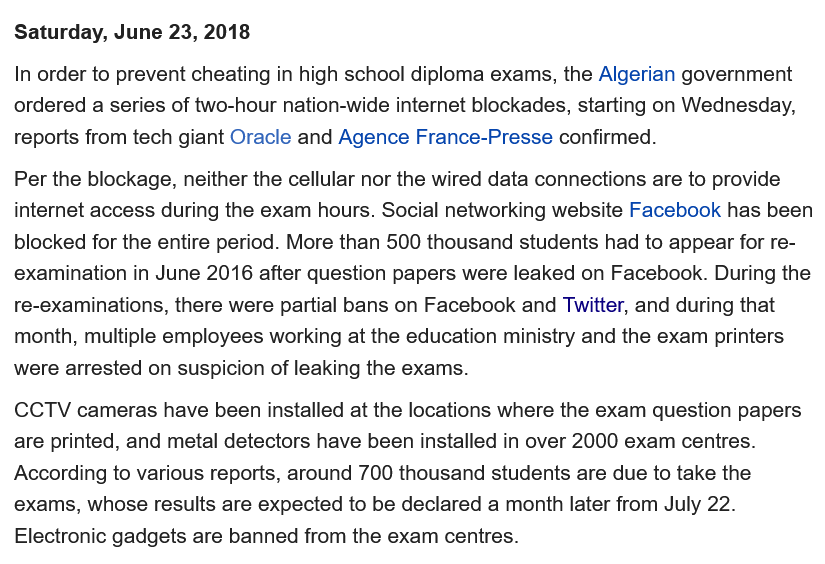
Saturday, June 23, 2018
  Per the blockage, neither the cellular nor the wired data connections are to provide
  internet access during the exam hours. Social networking website Facebook has been
  blocked for the entire period. More than 500 thousand students had to appear for re-
  examination in June 2016 after question papers were leaked on Facebook. During the
  re-examinations, there were partial bans on Facebook and Twitter, and during that
  month, multiple employees working at the education ministry and the exam printers
  were arrested on suspicion of leaking the exams.
  CCTV  cameras have been installed at the locations where the exam question papers
  are printed, and metal detectors have been installed in over 2000 exam centres.
  According to various reports, around 700 thousand students are due to take the
  exams, whose results are expected to be declared a month later from July 22.
  Electronic gadgets are banned from the exam centres.
  In order to prevent cheating in high school diploma exams, the Algerian government
  ordered a series of two-hour nation-wide internet blockades, starting on Wednesday,
  reports from tech giant Oracle and Agence France-Presse confirmed.